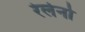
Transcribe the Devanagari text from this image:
रेलेनो